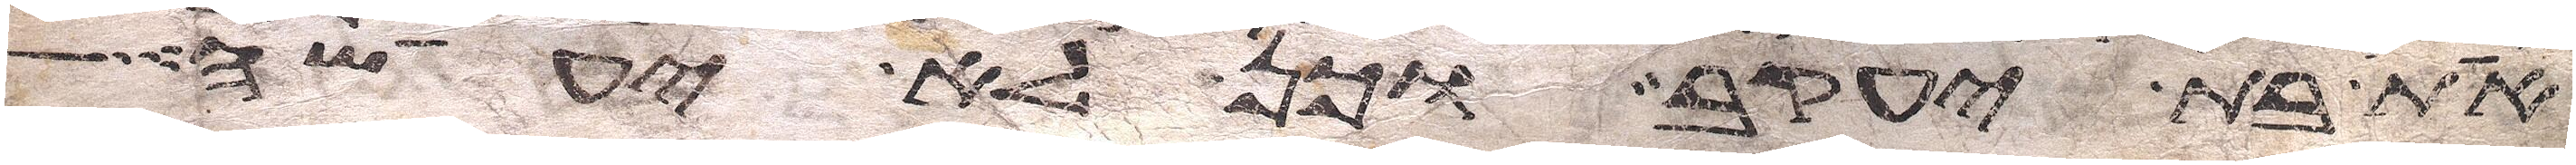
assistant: את בת יעקב וכן לא יעשה